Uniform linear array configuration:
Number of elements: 12
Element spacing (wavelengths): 0.5
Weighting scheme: kaiser
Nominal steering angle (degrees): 15
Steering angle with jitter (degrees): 15.335
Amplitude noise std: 0.05
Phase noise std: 0.05

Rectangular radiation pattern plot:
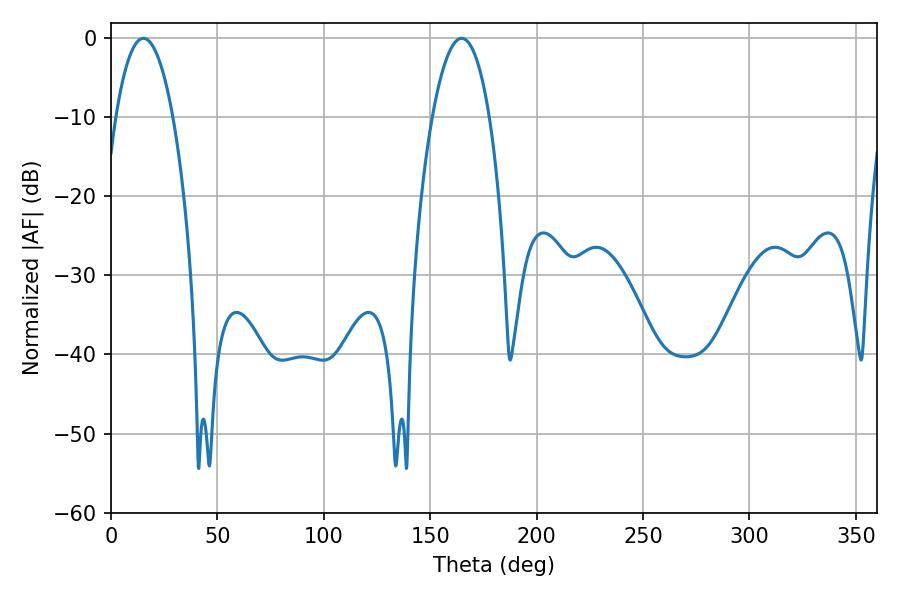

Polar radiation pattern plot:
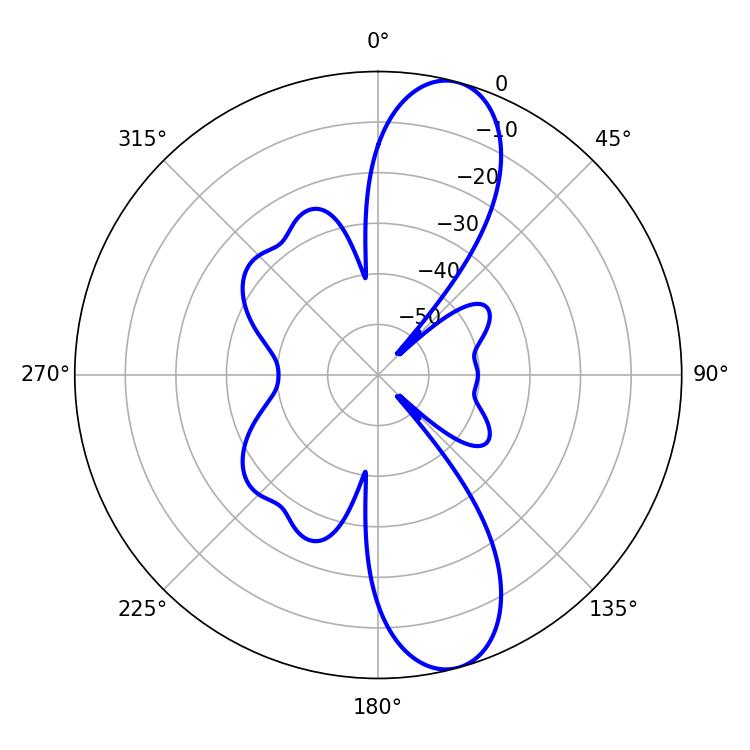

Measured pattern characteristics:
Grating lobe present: FALSE
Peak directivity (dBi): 11.398
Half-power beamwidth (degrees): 14.94
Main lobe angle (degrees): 15.3